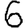
Digit: 6